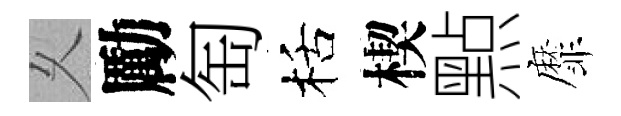
乆勵匋栝楔㸃靡